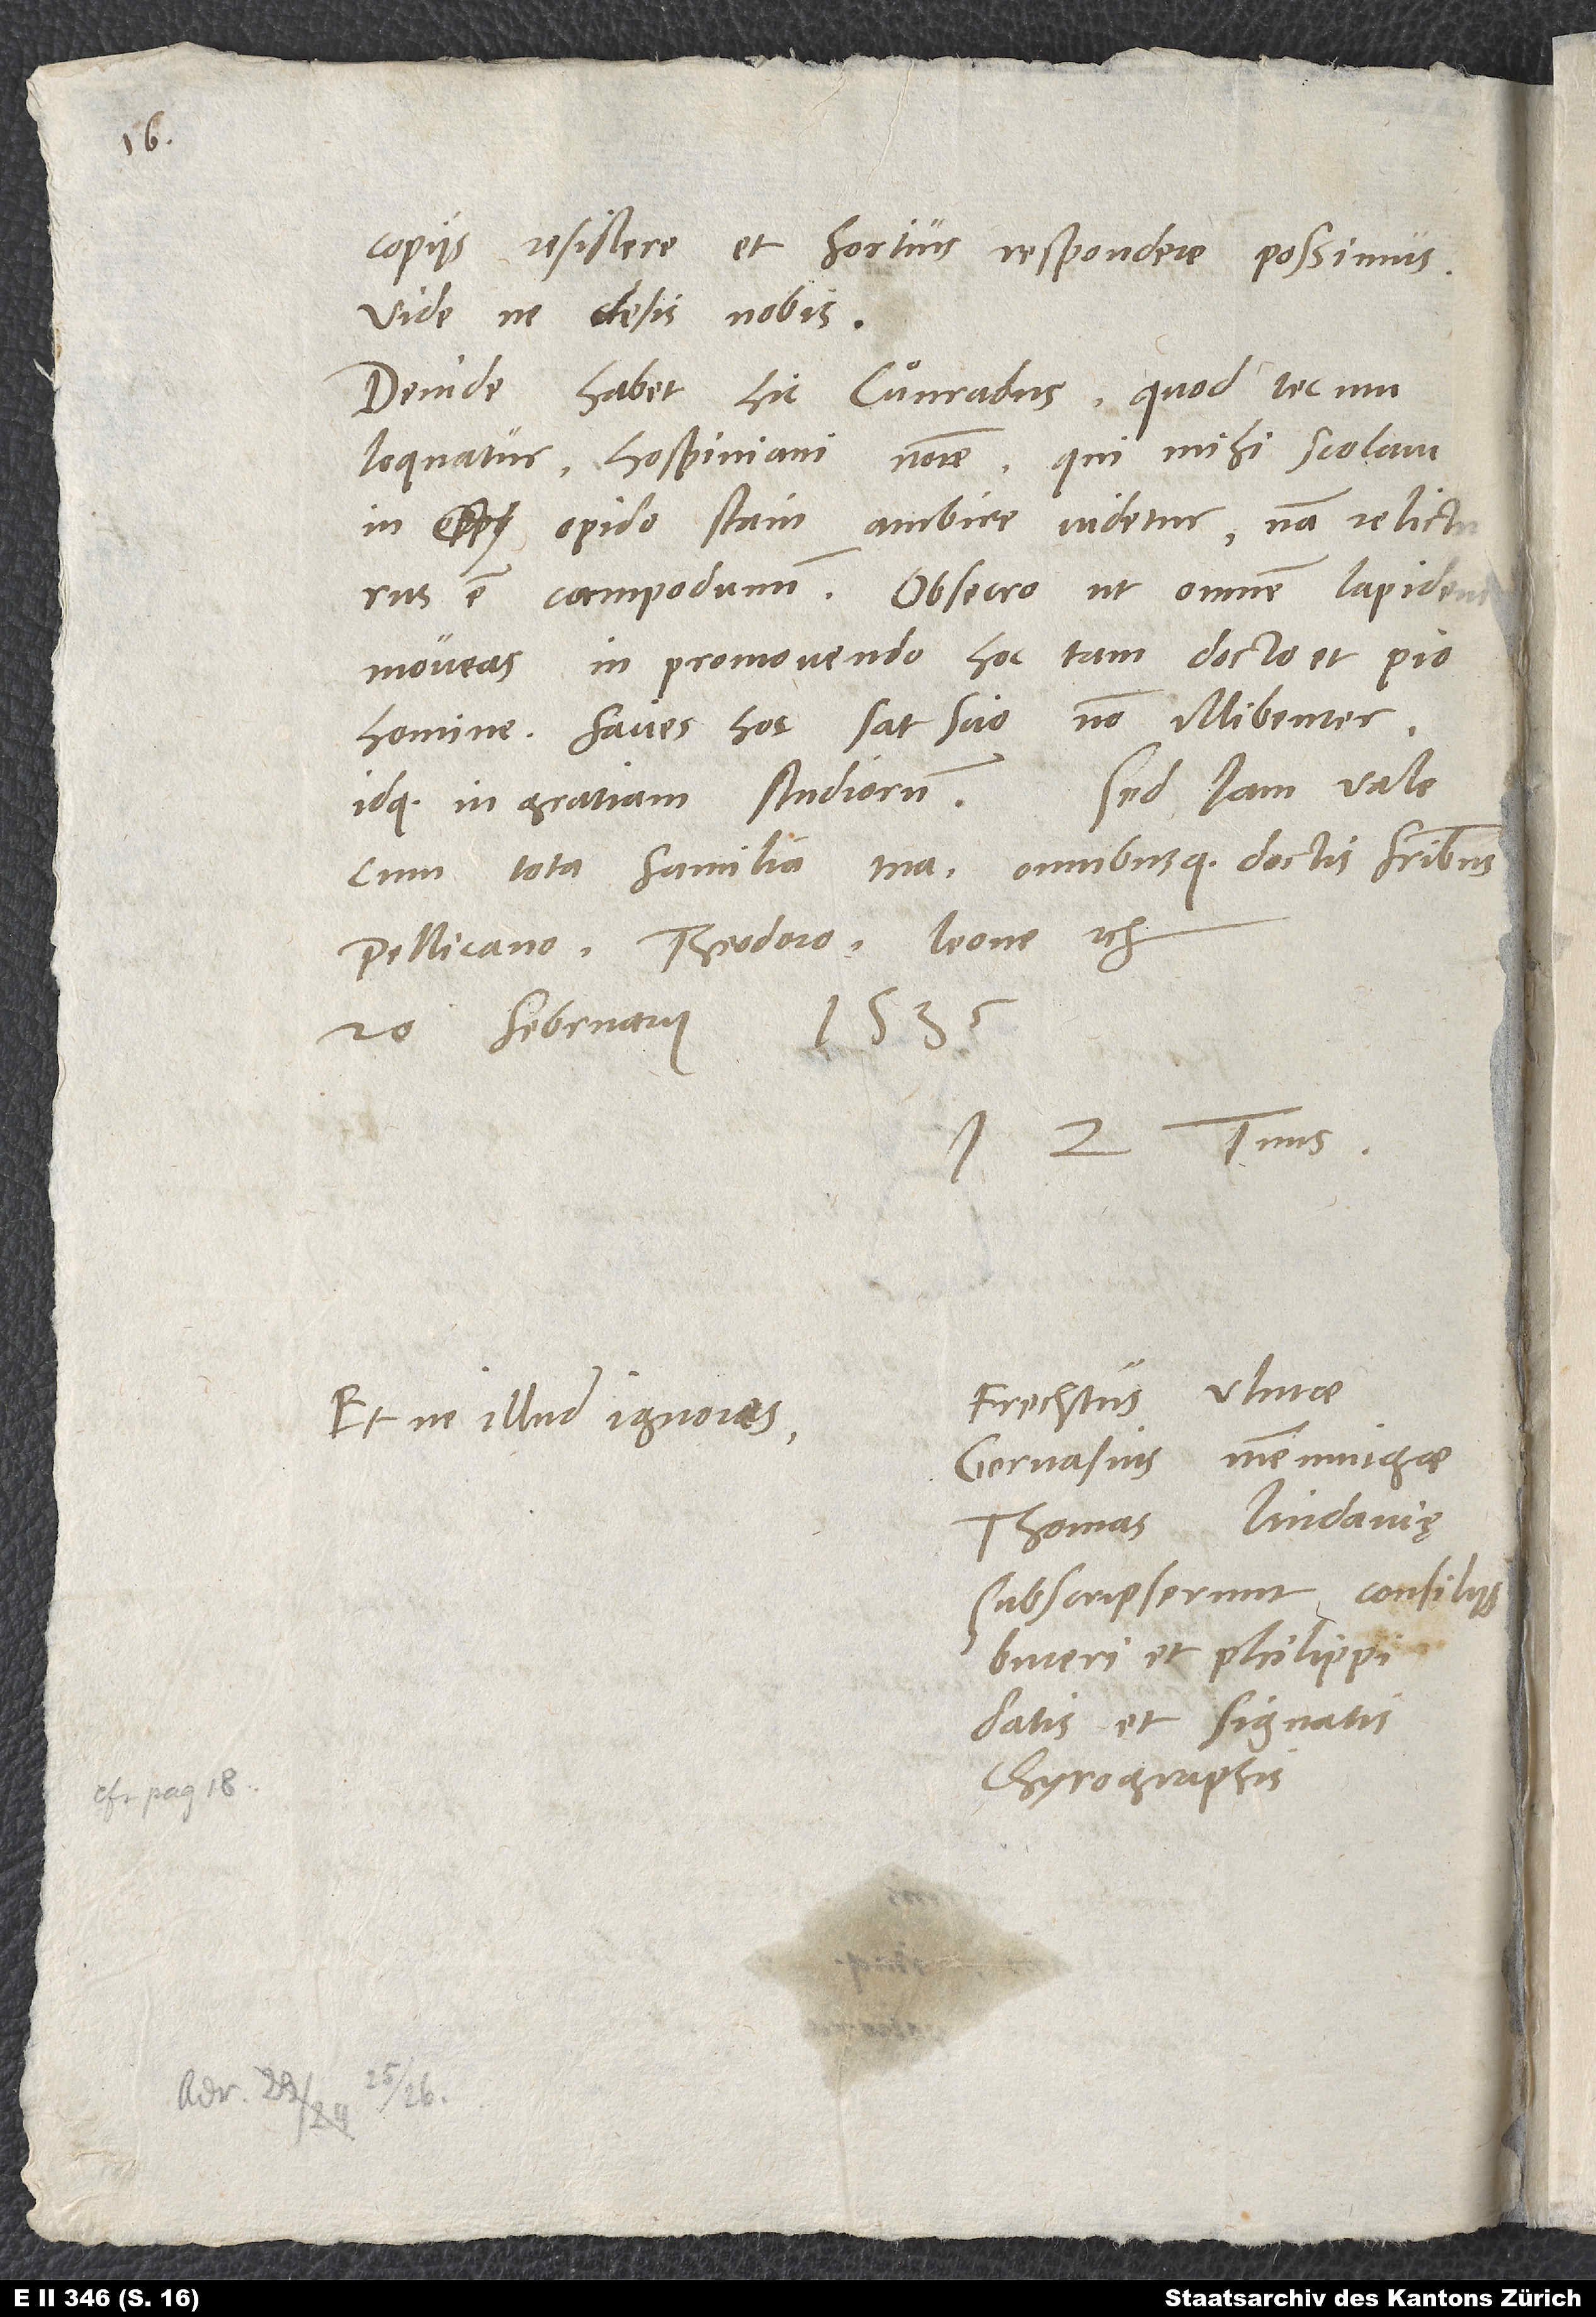
copiis resistere et fortius respondere possimus.
Vide, ne desis nobis.
Deinde habet hic Cuͦnradus, quod tecum
loquatur Hospiniani nomine, qui mihi scolam
in opido Stain ambire videtur; nam relicturus
est Campodunum. Obsecro, ut omnem lapidem
moveas in promovendo hoc tam docto et pio
homine. Facies hoc, sat scio, non illibenter
cum tota familia tua omnibusque fratribus,
Pellicano, Theodoro, Leone etc.
20. februarii
1535.
tuus.
Z.
Frechtus Ulmae,
Et ne illud ignores:
Gervasius Memmingae,
Thomas Lindavię
subscripserunt consiliis
datis et signatis
chyrographis.